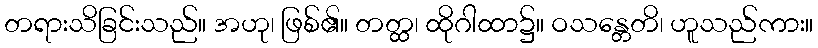
တရားသိခြင်းသည်။ အဟု၊ ဖြစ်၏။ တတ္ထ၊ ထိုဂါထာ၌။ ဝသန္တေတိ၊ ဟူသည်ကား။